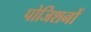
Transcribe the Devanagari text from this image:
पोजिशनों